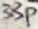
Text: 33p